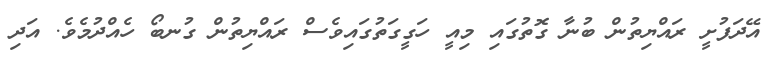
އޭދަފުށީ ރައްޔިތުން ބުނާ ގޮތުގައި މިއީ ހަގީގަތުގައިވެސް ރައްޔިތުން ގުނބޯ ހެއްދުމެވެ. އަދި